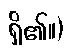
ရှိ၏။)